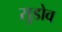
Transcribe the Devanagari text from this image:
सुडोव